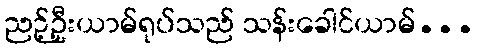
ညဉ့်ဦးယာမ်ရုပ်သည် သန်းခေါင်ယာမ်...